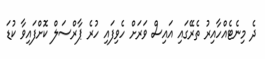
ދެ މިނެޓެއްހާއިރު ތެރޭގައި އައިސް ވަރަށް ހެވިފައި ހުރެ ޕާރްސަލް ކޮށްފައިވާ ކުޑަ